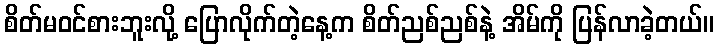
စိတ်မဝင်စားဘူးလို့ ပြောလိုက်တဲ့နေ့က စိတ်ညစ်ညစ်နဲ့ အိမ်ကို ပြန်လာခဲ့တယ်။